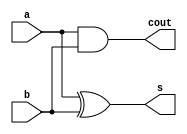
module Half_Adder(
    output wire s, cout,
    input wire a,b
);    
    
    xor xor_sum (s,a,b);
    and and_carry_out (cout,a,b);
endmodule